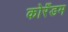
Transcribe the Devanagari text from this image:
कोरँडम